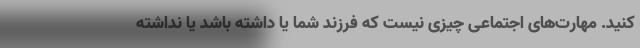
کنید. مهارت‌های اجتماعی چیزی نیست که فرزند شما یا داشته باشد یا نداشته